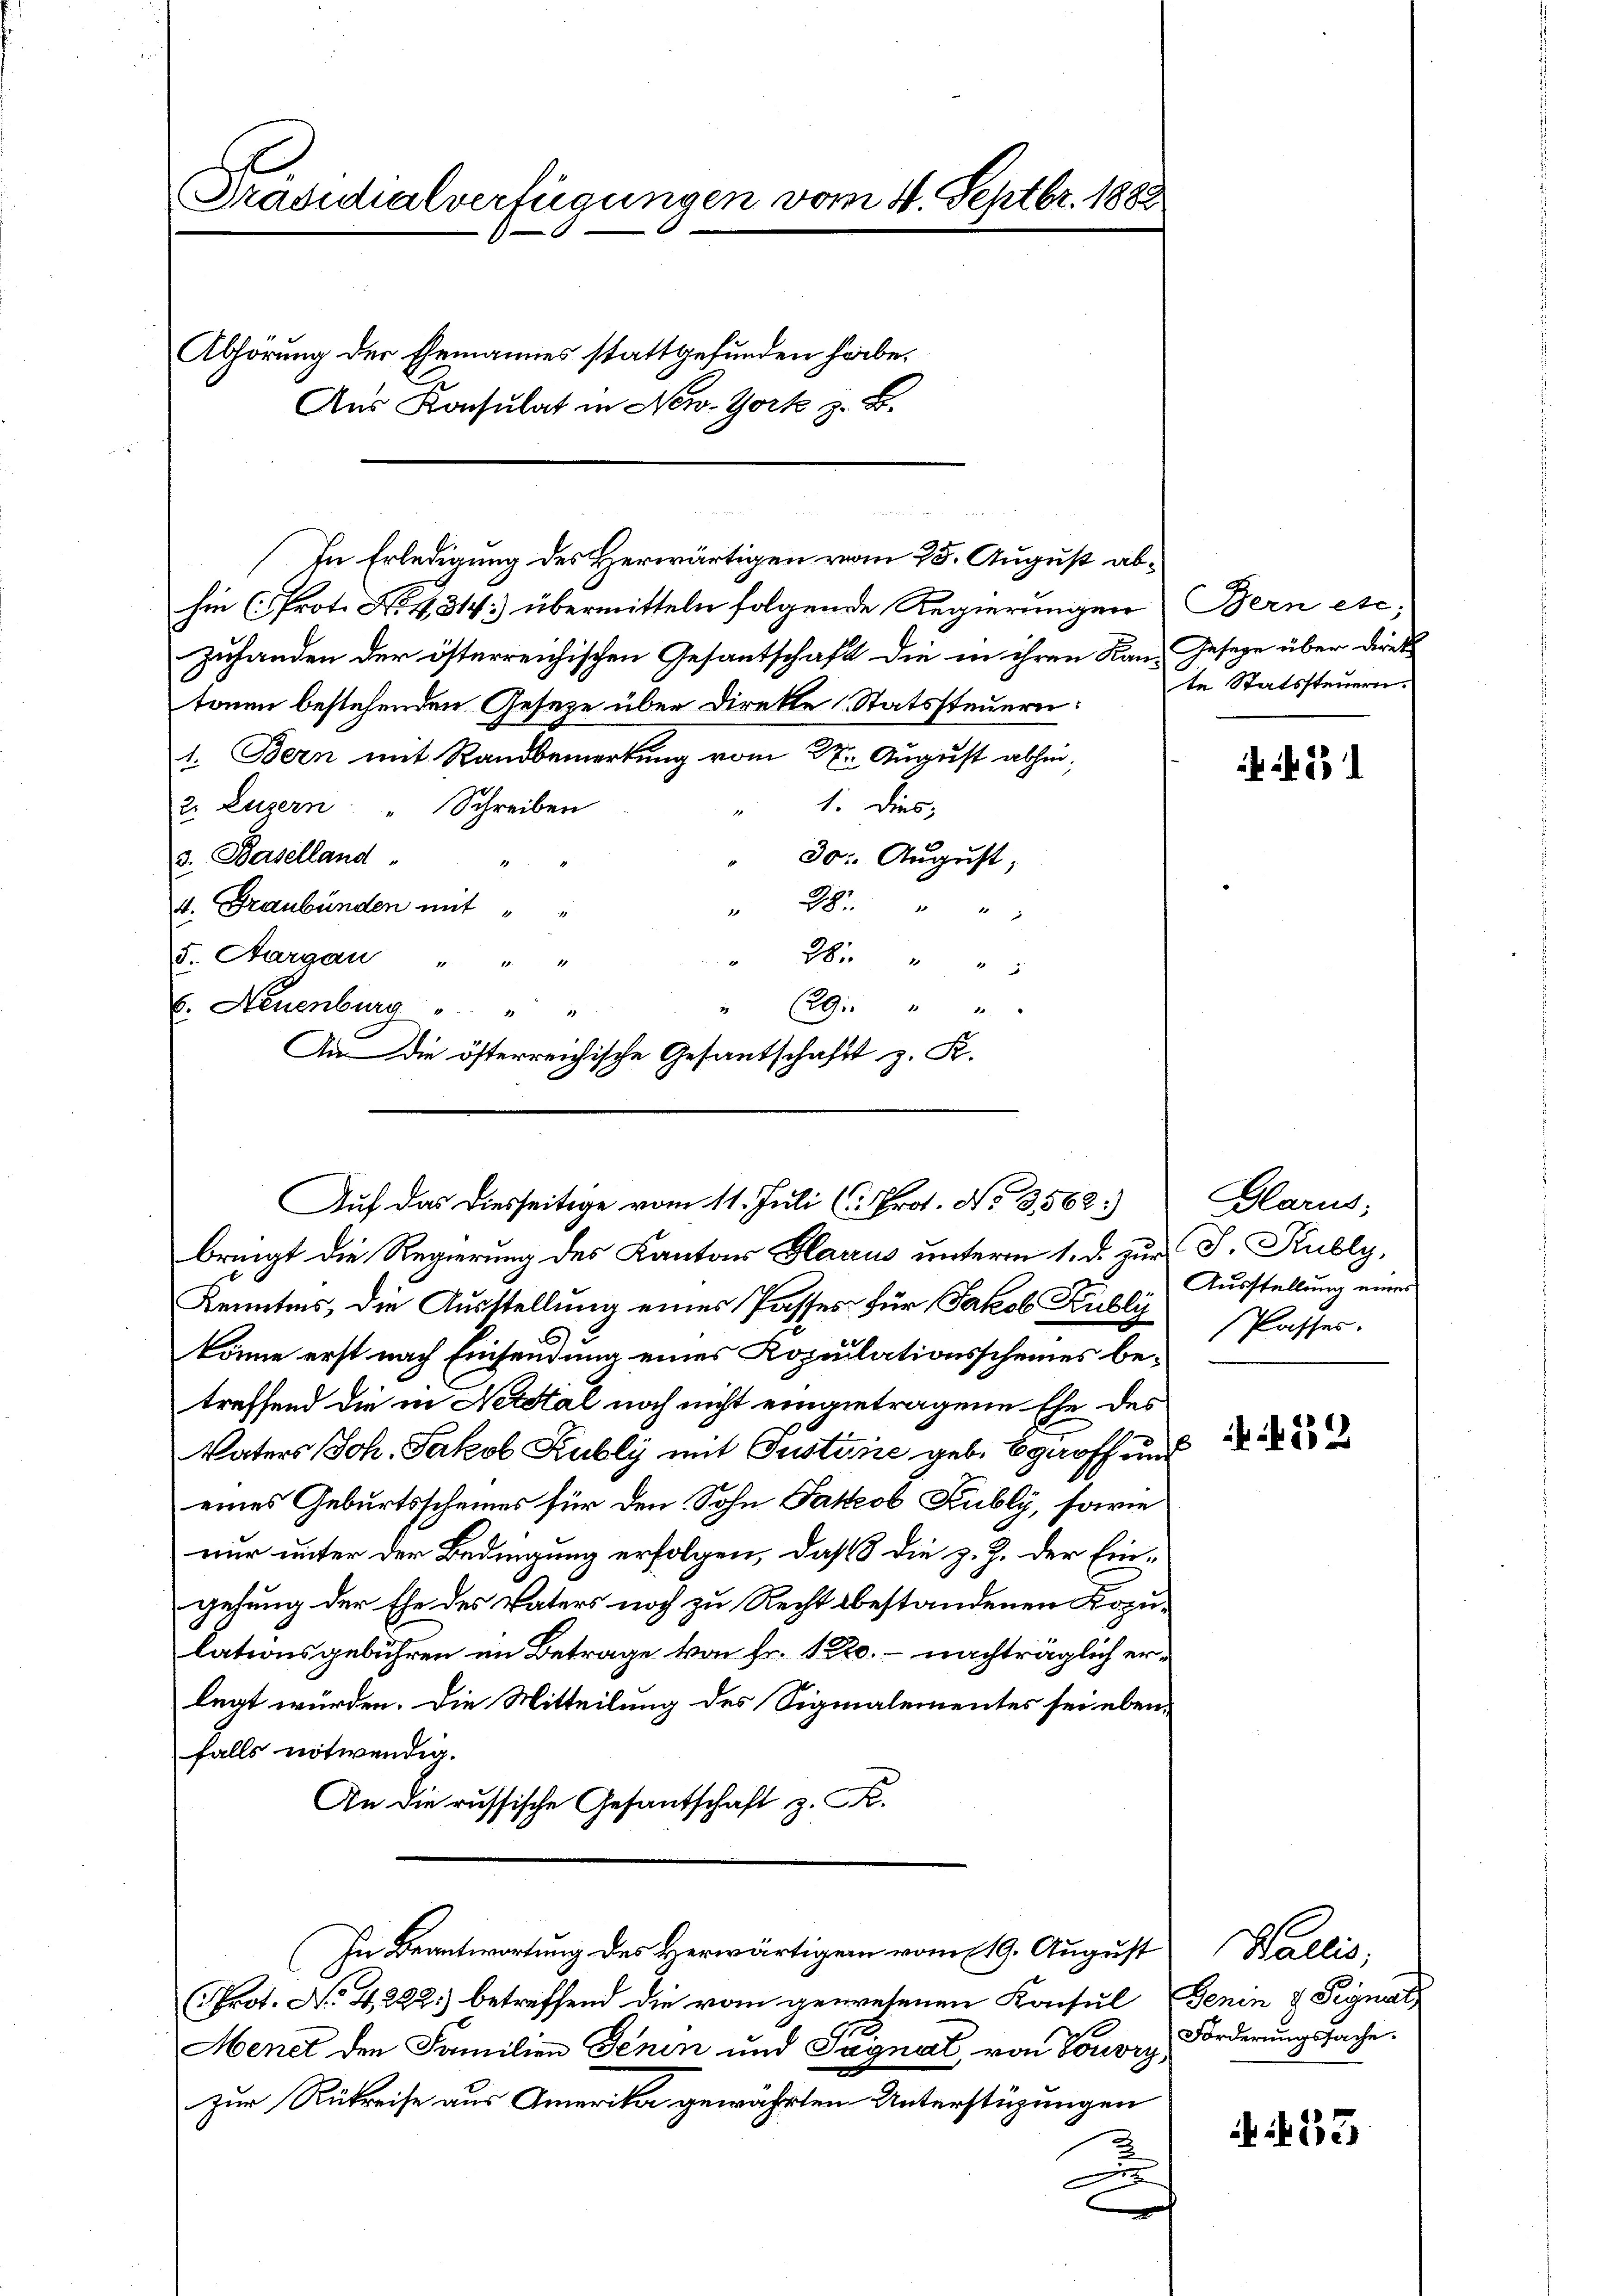
Präsidialverfügungen vom 4. Septbr. 1883

Abhörung der Ehemannes stattgefunden habe.
Aus Konsulat in New-York z. B.

In Erledigung des Herwärtigen vom 25. August abhin (Prot. No. 4314: übermitteln folgende Regierungen Bern etc;
zuhanden der österreichischen Gesantschaft die in ihren Kan- Gesetze über direk
tonen bestehenden Geseze über Direkte Statssteuern:
1. Bern mit Randbemerkung vom 22. August abhin,
" 1. Dies
2. Luzern: " Schreiben
3. Baselland
30: August,
4. Graubünden mit
28 " "
5. Aargau " " "
28 " " 5
1
(29 " "
6. Neuenburg " " "
bringt die Regierung des Kantons Glarus unterm 1. d. zu¬
Kenntnis, die Ausstellung eines Passes für Jakob Kubli
könne erst nach Einsendung eines Kopulationsscheines betreffend die in Nestal noch nicht eingetragene Ehe des
Vaters Joh. Jakob Kubly mit Pustinie geb. Egoff in
eines Geburtsscheines für den Sohn Jakob Kubly, sowie
nur unter der Bedingung erfolgen, daß 8 die z. Z. der Eingehung der Ehe des Vaters noch zu Recht bestandenen Kopu
lationsgebühren im Betrage von Fr. 122. – nachträglich er
legt würden. Die Mitteilung des Signalementes sei über
falls notwendig.
An die russische Gesantschaft z. F.
In Beantwortung des Herwärtigen vom 19. August
Prot. No. 4222.) betreffend die vom gewesenen Konsul
Menet den Familien Schen und Pagnat, von Louvrz
zur Rükreise aus Amerika gewährten Unterstüzungen
D
e

An die österreichische Gesantschaft z. R.
Auf das diesseitige vom 11. Juli (u. Prot. No. 3562.)

te Statssteuern.

231

Glarus,
 J. Rubly,
Ausstellung eines
Passer.

452

Wallis,
Denen & Signatz
 Forderungssache.

163